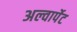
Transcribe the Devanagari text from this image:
अल्वार्पेट